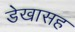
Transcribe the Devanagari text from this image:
डेखासह